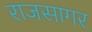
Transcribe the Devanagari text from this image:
राजसागर